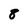
Character: 8